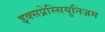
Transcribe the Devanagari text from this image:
इक्सप्रेस्सियुनिज़म